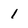
Character: 1